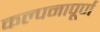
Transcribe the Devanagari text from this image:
कल्‍पनापूर्ण